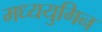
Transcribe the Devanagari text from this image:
मध्ययुगिन